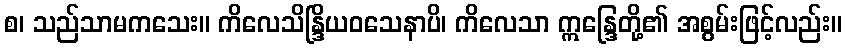
စ၊ သည်သာမကသေး။ ကိလေသိန္ဒြိယဝသေနာပိ၊ ကိလေသာ ဣန္ဒြေတို့၏ အစွမ်းဖြင့်လည်း။